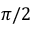
\pi / 2